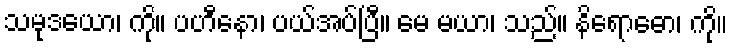
သမုဒယော၊ ကို။ ပဟီနော၊ ပယ်အပ်ပြီ။ မေ မယာ၊ သည်။ နိရောဓော၊ ကို။